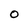
Character: O